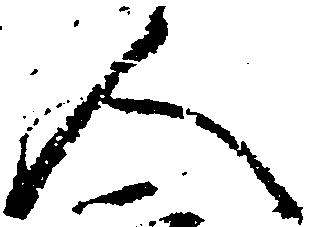
人